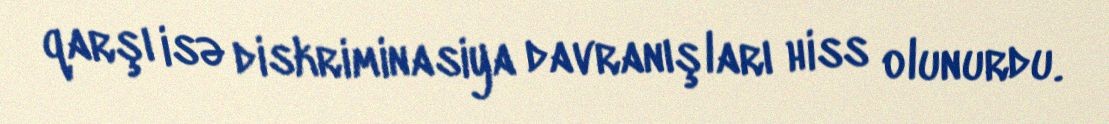
qarşı isə diskriminasiya davranışları hiss olunurdu.